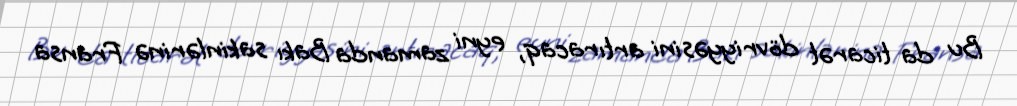
Bu da ticarət dövriyyəsini artıracaq, eyni zamanda Bakı sakinlərinə Fransa